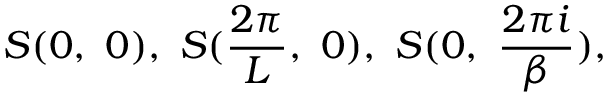
S ( 0 , \ 0 ) , \ S ( \frac { 2 \pi } { L } , \ 0 ) , \ S ( 0 , \ \frac { 2 \pi i } { \beta } ) ,